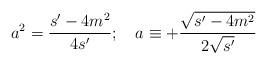
LaTeX: \begin{align*}a^{2}=\frac{s'-4m^{2}}{4s'};\quad a\equiv +\frac{\sqrt{s'-4m^{2}}}{2\sqrt{s'}}\end{align*}